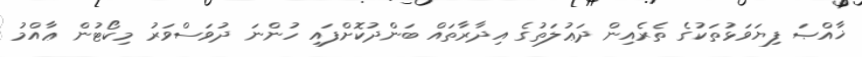
ޚާއްޞަ ފިޔަވަޅުތަކުގެ ތެރެއިން ދަޢުލަތުގެ އިދާރާތައް ބަންދުކޮށްފައި ހުންނަ ދުވަސްވަރު މިކޯޓުން ޢާއްމު